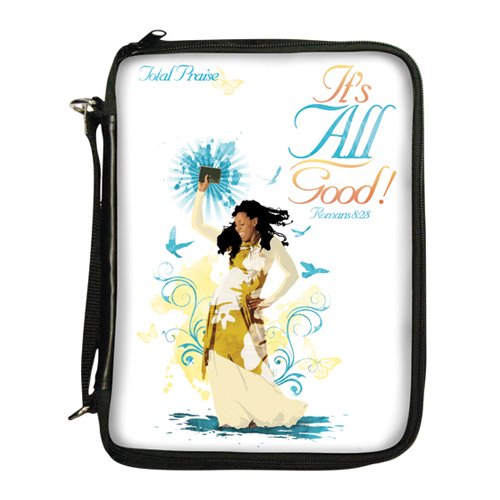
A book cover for It's All Good Bible Cover; African American Expressions; Christian Books & Bibles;